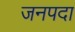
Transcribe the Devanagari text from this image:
जनपदा